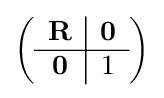
\left({\begin{array}{c|c}\mathbf {R} &\mathbf {0} \\\hline \mathbf {0} &1\end{array}}\right)